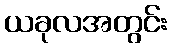
ယခုလအတွင်း